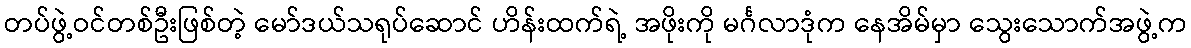
တပ်ဖွဲ့ဝင်တစ်ဦးဖြစ်တဲ့ မော်ဒယ်သရုပ်ဆောင် ဟိန်းထက်ရဲ့ အဖိုးကို မင်္ဂလာဒုံက နေအိမ်မှာ သွေးသောက်အဖွဲ့က